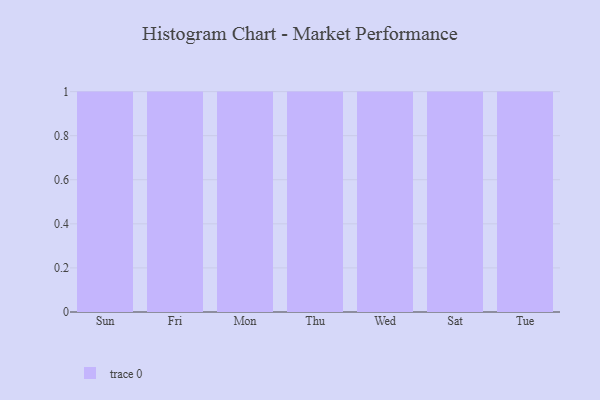
{"axis": {"x": "Day", "y": "Conversion Rate (%)"}, "legend": [""], "data": [{"x": "Sun", "y": 34, "type": ""}, {"x": "Fri", "y": 69, "type": ""}, {"x": "Mon", "y": 80, "type": ""}, {"x": "Thu", "y": 52, "type": ""}, {"x": "Wed", "y": 42, "type": ""}, {"x": "Sat", "y": 7, "type": ""}, {"x": "Tue", "y": 60, "type": ""}]}